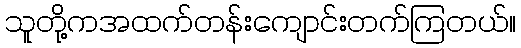
သူတို့ကအထက်တန်းကျောင်းတက်ကြတယ်။